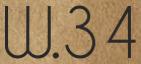
W.34